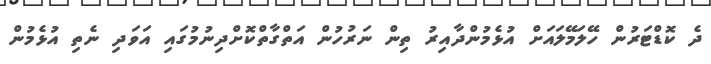
ދެ ކޮޑްޓަރުން ހޭލަމޭލައަށް އުޅެމުންދާއިރު ތިން ނަރުހުން އަތްގާތްކޮށްދިނުމުގައި އަވަދި ނެތި އުޅެމުން